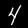
Label: 4